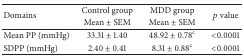
<table><thead><tr><td rowspan="2"><b>Domains</b></td><td><b>Control group</b></td><td><b>MDD group</b></td><td rowspan="2"><b><i>p</i> value</b></td></tr><tr><td><b>Mean ± SEM</b></td><td><b>Mean ± SEM</b></td></tr></thead><tbody><tr><td>Mean PP (mmHg)</td><td>33.31 ± 1.40</td><td>48.92 ± 0.78<sup>c</sup></td><td>&lt;0.0001</td></tr><tr><td>SDPP (mmHg)</td><td>2.40 ± 0.41</td><td>8.31 ± 0.88<sup>c</sup></td><td>&lt;0.0001</td></tr></tbody></table>